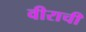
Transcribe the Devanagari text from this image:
वीराची